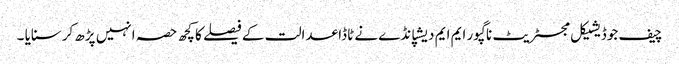
چیف جوڈیشیکل مجسٹریٹ ناگپور ایم ایم دیشپانڈے نے ٹاڈا عدالت کے فیصلے کا کچھ حصہ انہیں پڑھ کرسنایا ۔